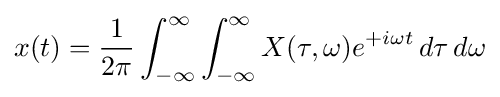
x(t)={\frac {1}{2\pi }}\int _{-\infty }^{\infty }\int _{-\infty }^{\infty }X(\tau ,\omega )e^{+i\omega t}\,d\tau \,d\omega